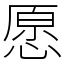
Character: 愿